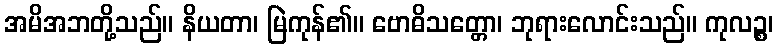
အမိအဘတို့သည်။ နိယတာ၊ မြဲကုန်၏။ ဗောဓိသတ္တော၊ ဘုရားလောင်းသည်။ ကုလဉ္စ၊